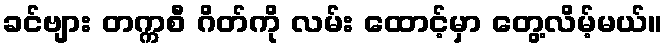
ခင်ဗျား တက္ကစီ ဂိတ်ကို လမ်း ထောင့်မှာ တွေ့လိမ့်မယ်။